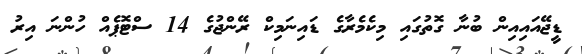
ޑީޖޭއައިއިން ބުނާ ގޮތުގައި މިކެެމެރާގެ ޑައިނަމިކް ރޭންޖުގެ 14 ސްޓޮޕެއް ހުންނަ އިރު